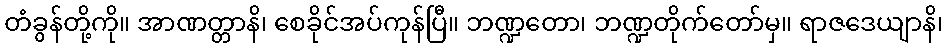
တံခွန်တို့ကို။ အာဏတ္တာနိ၊ စေခိုင်အပ်ကုန်ပြီ။ ဘဏ္ဍတော၊ ဘဏ္ဍတိုက်တော်မှ။ ရာဇဒေယျာနိ၊